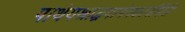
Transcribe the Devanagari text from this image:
पाथेयश्राद्धमामेनकार्यमिति